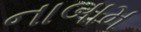
નાબામ